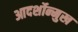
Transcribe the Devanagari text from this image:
आदर्शोन्‍मुख